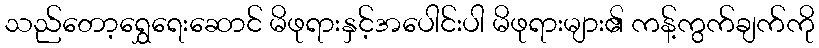
သည်တော့ရွှေရေးဆောင် မိဖုရားနှင့်အပေါင်းပါ မိဖုရားများ၏ ကန့်ကွက်ချက်ကို